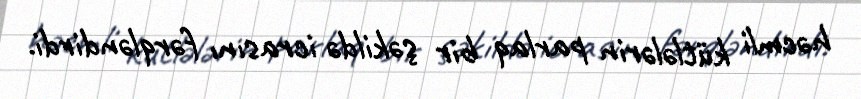
həcmli kütlələrin parlaq bir şəkildə icrasını fərqləndirdi.